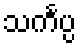
သင်္ကပ္ပ